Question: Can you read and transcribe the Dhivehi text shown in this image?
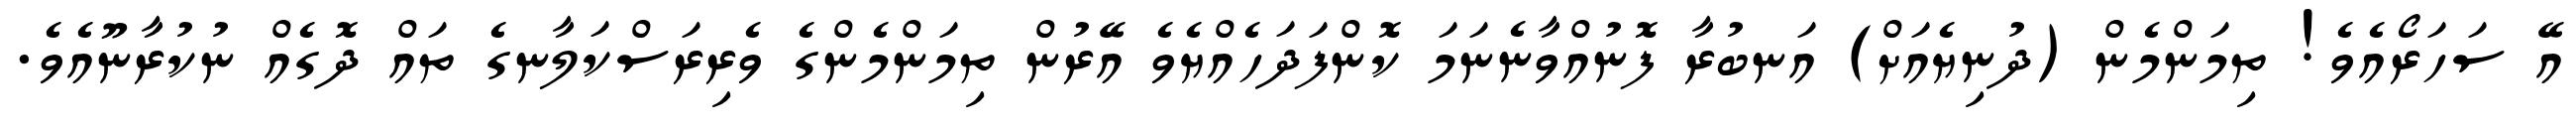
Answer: އޭ ސަހަރޯއެވެ! ތިމަންމެން (ދުނިޔެއަށް) އަނބުރާ ފޮނުއްވާނެނަމަ ކޮންފަދަހެއްޔެވެ އޭރުން ތިމަންމެންގެ ވެރިރަސްކަލާނގެ ތައް ދޮގެއް ނުކުރާނޫއެވެ.